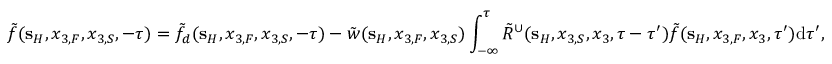
\tilde { f } ( { \bf s } _ { H } , x _ { 3 , F } , x _ { 3 , S } , - \tau ) = \tilde { f } _ { d } ( { \bf s } _ { H } , x _ { 3 , F } , x _ { 3 , S } , - \tau ) - \tilde { w } ( { \bf s } _ { H } , x _ { 3 , F } , x _ { 3 , S } ) \int _ { - \infty } ^ { \tau } \tilde { R } ^ { \cup } ( { \bf s } _ { H } , x _ { 3 , S } , x _ { 3 } , \tau - \tau ^ { \prime } ) \tilde { f } ( { \bf s } _ { H } , x _ { 3 , F } , x _ { 3 } , \tau ^ { \prime } ) \mathrm { d } \tau ^ { \prime } ,